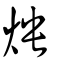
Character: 炴